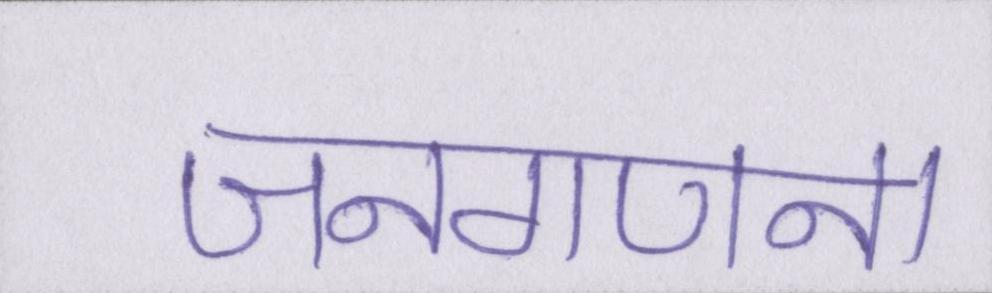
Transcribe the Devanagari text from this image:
जनगणना